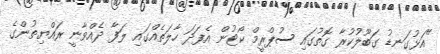
"އަޅުގަނޑު ގަބޫލުކުރާ ގޮތުގައި ސުޕްރީމް ކޯޓުން އެފަދަ ހާލަތެއްގައި ލަފާ ދެއްވާނީ ރައްޔިތުންގެ